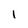
Character: l